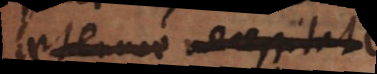
naturae necessitate